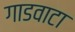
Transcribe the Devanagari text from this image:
गाडवाटा